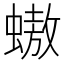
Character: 𧑃